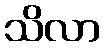
သိလာ